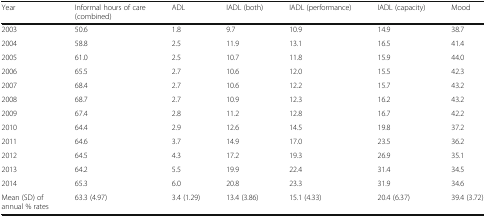
| Year | Informal hours of care (combined) | ADL | IADL (both) | IADL (performance) | IADL (capacity) | Mood |
 | --- | --- | --- | --- | --- | --- | --- |
 | 2003 | 50.6 | 1.8 | 9.7 | 10.9 | 14.9 | 38.7 |
 | 2004 | 58.8 | 2.5 | 11.9 | 13.1 | 16.5 | 41.4 |
 | 2005 | 61.0 | 2.5 | 10.7 | 11.8 | 15.9 | 44.0 |
 | 2006 | 65.5 | 2.7 | 10.6 | 12.0 | 15.5 | 42.3 |
 | 2007 | 68.4 | 2.7 | 10.6 | 12.2 | 15.7 | 43.2 |
 | 2008 | 68.7 | 2.7 | 10.9 | 12.3 | 16.2 | 43.2 |
 | 2009 | 67.4 | 2.8 | 11.2 | 12.8 | 16.7 | 42.2 |
 | 2010 | 64.4 | 2.9 | 12.6 | 14.5 | 19.8 | 37.2 |
 | 2011 | 64.6 | 3.7 | 14.9 | 17.0 | 23.5 | 36.2 |
 | 2012 | 64.5 | 4.3 | 17.2 | 19.3 | 26.9 | 35.1 |
 | 2013 | 64.2 | 5.5 | 19.9 | 22.4 | 31.4 | 34.5 |
 | 2014 | 65.3 | 6.0 | 20.8 | 23.3 | 31.9 | 34.6 |
 | Mean (SD) of annual % rates | 63.3 (4.97) | 3.4 (1.29) | 13.4 (3.86) | 15.1 (4.33) | 20.4 (6.37) | 39.4 (3.72) |